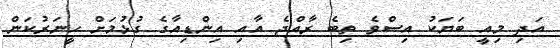
އަދި މިއީ ބަޔަކު އިސްވެ ތިބެ ރާއްޖެ އާއި އިންޑިއާގެ ގުޅުމަށް ހީނަރުކަން